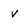
Character: v